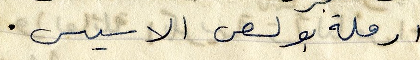
ارملة بولص الاسيس.